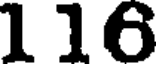
116